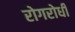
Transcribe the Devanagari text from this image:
रोगरोधी